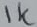
Text: 1K